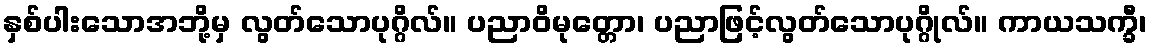
နှစ်ပါးသောအဘို့မှ လွတ်သောပုဂ္ဂိလ်။ ပညာဝိမုတ္တော၊ ပညာဖြင့်လွတ်သောပုဂ္ဂိုလ်။ ကာယသက္ခီ၊